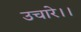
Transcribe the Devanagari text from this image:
उचारे।।